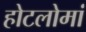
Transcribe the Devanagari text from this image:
होटलोमां